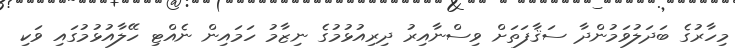
މިހާރުގެ ބަދަލުވަމުންދާ ސަޤާފަތަށް ވިސްނާއިރު ދިރިއުޅުމުގެ ނިޒާމު ހަމައިން ނެއްޓި ހޭލާއުޅުމުގައި ވަކި